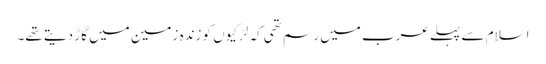
اسلام سے پہلے عرب میں رسم تھی کہ لڑکیوں کو زندہ زمین میں گاڑ دیتے تھے۔